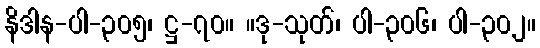
နိဒါန-ပါ-၃၀၅၊ ဋ္ဌ-၇၀။ ။ဒု-သုတ်၊ ပါ-၃၀၆၊ ပါ-၃၀၂။